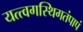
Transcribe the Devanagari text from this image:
यत्त्वगस्थिगतंपापं